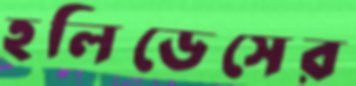
হলিডেসের